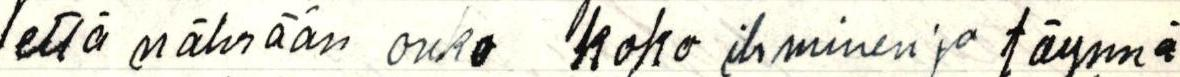
että nährään onko koko ihminen jo täynnä